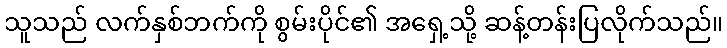
သူသည် လက်နှစ်ဘက်ကို စွမ်းပိုင်၏ အရှေ့သို့ ဆန့်တန်းပြလိုက်သည်။